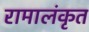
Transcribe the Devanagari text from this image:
रामालंकृत